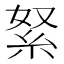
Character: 䋈